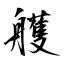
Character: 艧